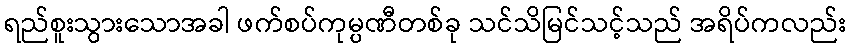
ရည်စူးသွားသောအခါ ဖက်စပ်ကုမ္ပဏီတစ်ခု သင်သိမြင်သင့်သည် အရိပ်ကလည်း